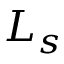
L _ { s }